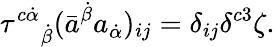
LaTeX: \tau^{c\dot{\alpha}}{}_{\dot{\beta}}(\bar{a}^{\dot{\beta}}a_{\dot{\alpha}})_{ij}=\delta_{ij}\delta^{c3}\zeta.